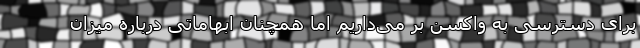
برای دسترسی به واکسن بر می‌داریم اما همچنان ابهاماتی درباره میزان